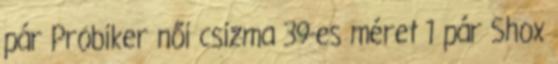
pár Probiker női csizma 39-es méret 1 pár Shox